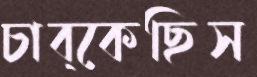
চাব্‌কেছিস